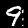
Label: 9